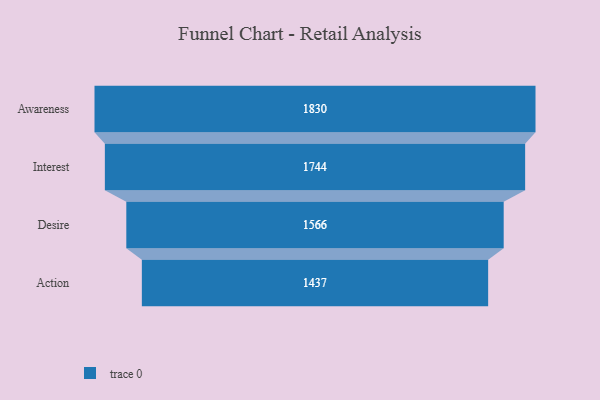
{"axis": {"x": "Stage", "y": "Value"}, "legend": [""], "data": [{"x": "Awareness", "y": 1830.0, "type": ""}, {"x": "Interest", "y": 1744.0, "type": ""}, {"x": "Desire", "y": 1566.0, "type": ""}, {"x": "Action", "y": 1437.0, "type": ""}]}